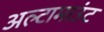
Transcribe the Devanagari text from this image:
अल्टामाउंट